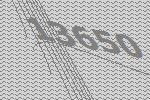
13650